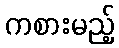
ကစားမည့်